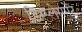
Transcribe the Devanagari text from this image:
डिस्प्लेसमेंट